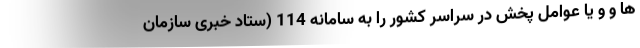
ها و و یا عوامل پخش در سراسر کشور را به سامانه 114 (ستاد خبری سازمان